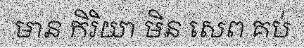
មាន កិរិយា មិន សេព គប់